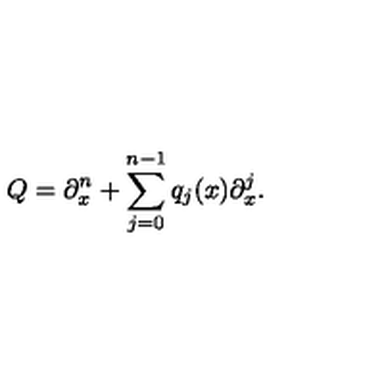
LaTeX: Q = \partial _ { x } ^ { n } + \sum _ { j = 0 } ^ { n - 1 } q _ { j } ( x ) \partial _ { x } ^ { j } .